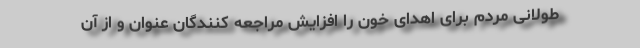
طولانی مردم برای اهدای خون را افزایش مراجعه کنندگان عنوان و از آن